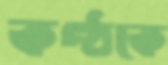
কণ্ঠকে